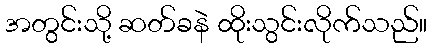
အတွင်းသို့ ဆတ်ခနဲ ထိုးသွင်းလိုက်သည်။